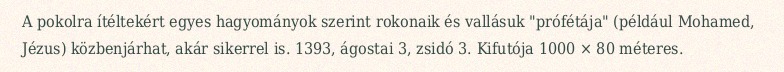
A pokolra ítéltekért egyes hagyományok szerint rokonaik és vallásuk "prófétája" (például Mohamed, Jézus) közbenjárhat, akár sikerrel is. 1393, ágostai 3, zsidó 3. Kifutója 1000 × 80 méteres.